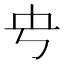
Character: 𰀊